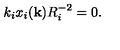
k _ { i } x _ { i } ( { \bf k } ) R _ { i } ^ { - 2 } = 0 .